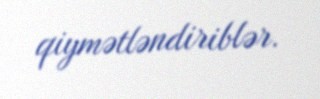
qiymətləndiriblər.